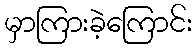
မှာကြားခဲ့ကြောင်း